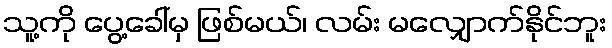
သူ့ကို ပွေ့ခေါ်မှ ဖြစ်မယ်၊ လမ်း မလျှောက်နိုင်ဘူး